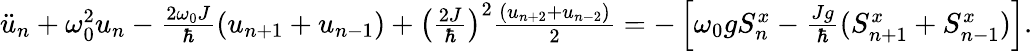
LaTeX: \begin{array}{r}{\ddot{u}_{n}+\omega_{0}^{2}u_{n}-\frac{2\omega_{0}J}{\hbar}(u_{n+1}+u_{n-1})+\left(\frac{2J}{\hbar}\right)^{2}\frac{(u_{n+2}+u_{n-2})}{2}=-\left[\omega_{0}gS_{n}^{x}-\frac{Jg}{\hbar}(S_{n+1}^{x}+S_{n-1}^{x})\right].}\end{array}